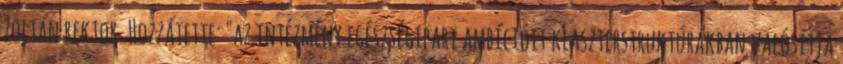
Zoltán rektor. Hozzátette: "az intézmény egészségipari ambícióit klaszterstruktúrákban valósítja